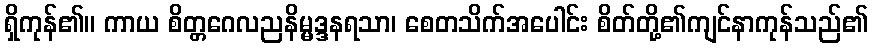
ရှိကုန်၏။ ကာယ စိတ္တဂေလညနိမ္မဒ္ဒနရသာ၊ စေတသိက်အပေါင်း စိတ်တို့၏ကျင်နာကုန်သည်၏